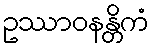
ဥဿာဝနန္တိကံ